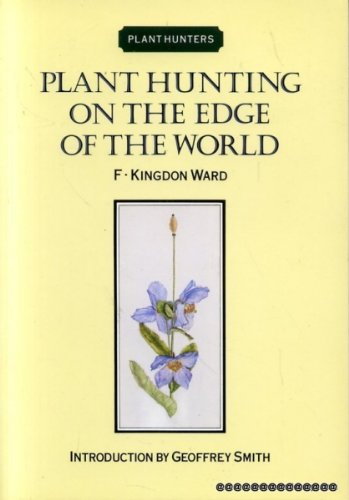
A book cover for Plant Hunting on the Edge of the World; F. Kingdon Ward; Travel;